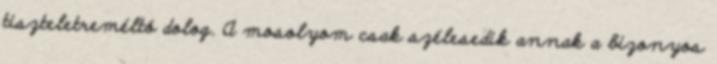
tiszteletreméltó dolog. A mosolyom csak szélesedik annak a bizonyos